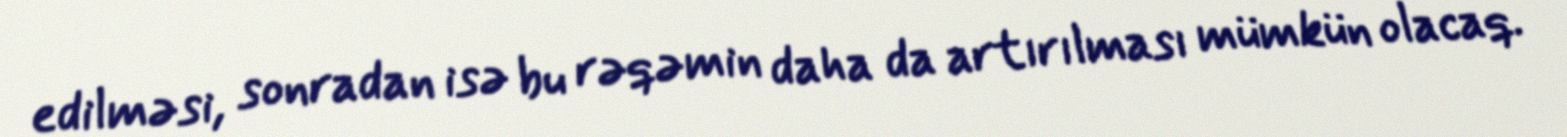
edilməsi, sonradan isə bu rəqəmin daha da artırılması mümkün olacaq.